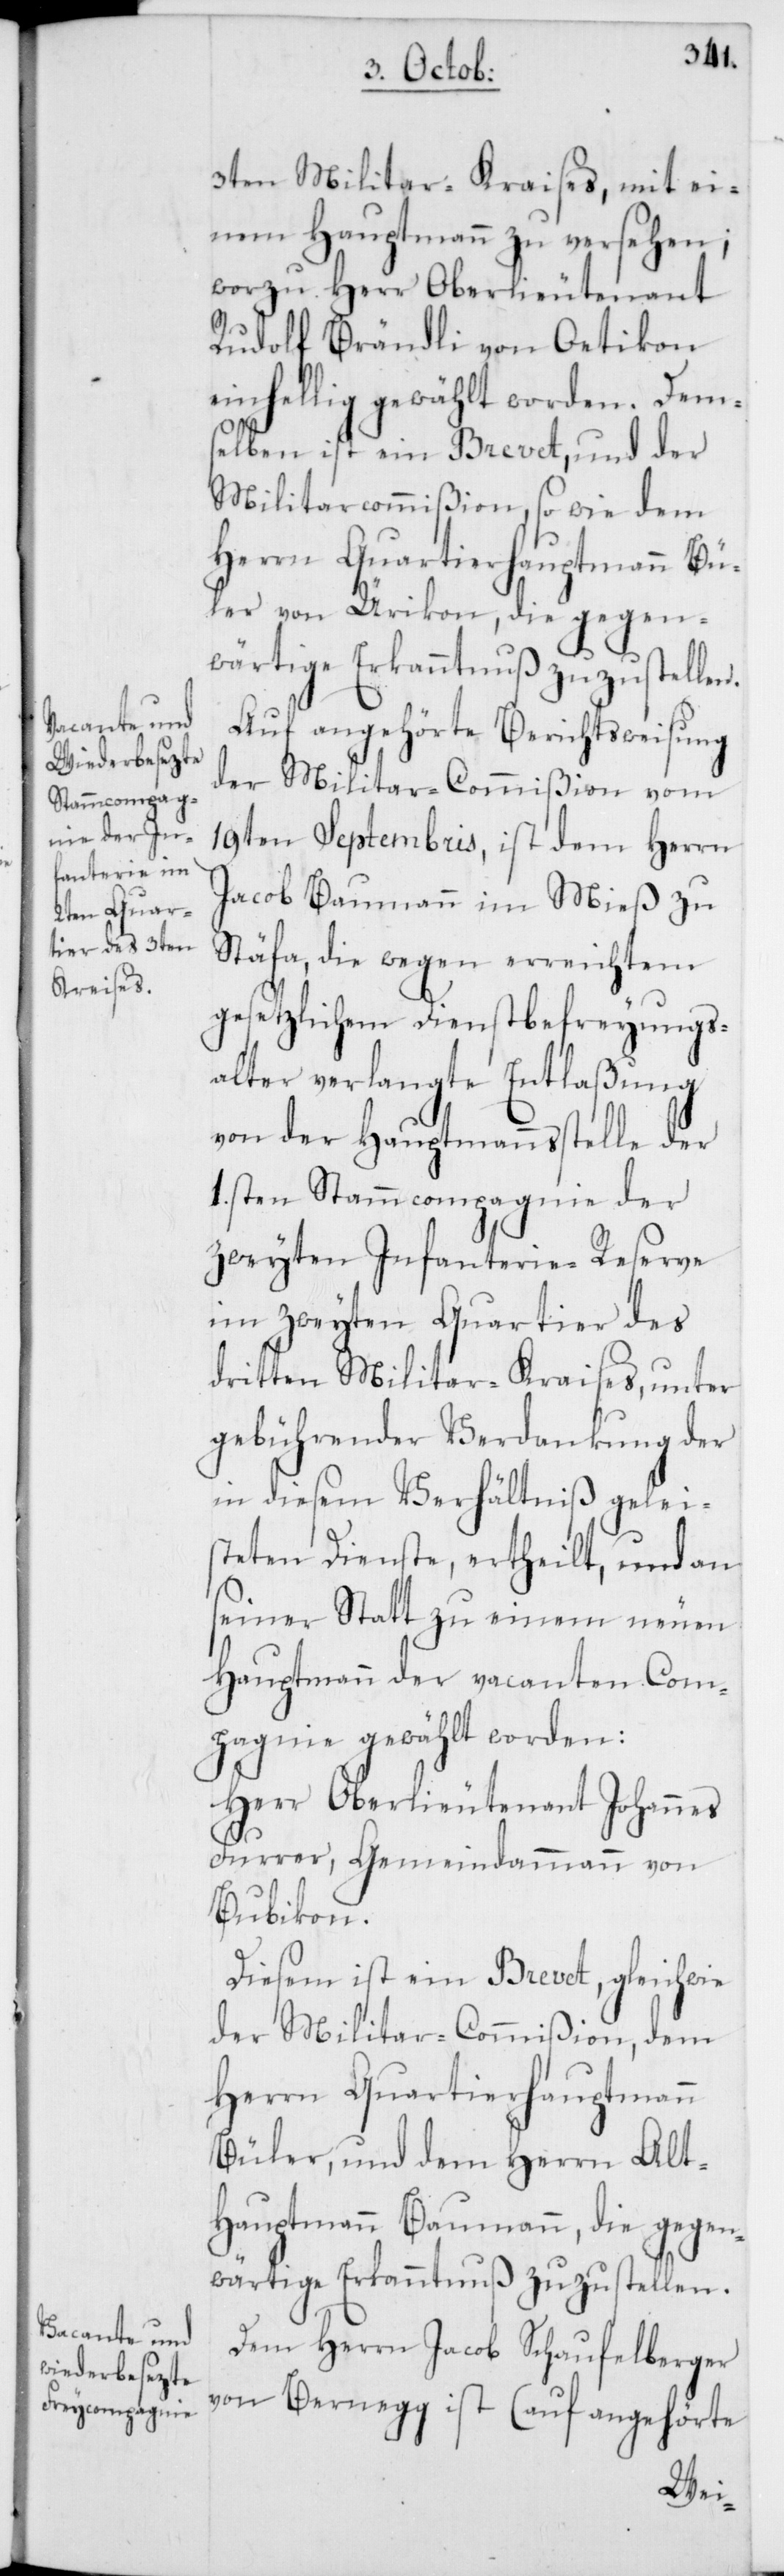
3ten Militar-Kraises, mit ei¬
nem Hauptmann zu versehen;
wozu Herr Oberlieutenant
Rudolf Brändli von Oetikon
einhellig gewählt worden. Dems¬
elben ist ein Brevet, und der
Militarcommißion, so wie dem
Herrn Quartierhauptmann Bü¬
ler von Ürikon, die gegen¬
wärtige Erkanntnuß zuzustellen.
Auf angehörte Berichtsweisung
der Militar-Commißion vom
19ten Septembris, ist dem Herrn
Jacob Baumann im Mieß zu
Stäfa, die wegen erreichtem
gesetzlichem Dienstbefreyeungs¬
alter verlangte Entlaßung
von der Hauptmannsstelle der
1.sten Stammcompagnie der
zweyten Infanterie-Reserve
im zweyten Quartier des
dritten Militar-Kraises, unter
gebührender Verdankung der
in diesem Verhältniß gelei¬
steten Dienste, ertheilt, und an
seiner Statt zu einem neuen
Hauptmann der vacanten Com¬
pagnie gewählt worden:
Herr Oberlieutenant Johannes
Furrer, Gemeindammann von
Bubikon.
Diesem ist ein Brevet, gleichwie
der Militar-Commißion, dem
Herrn Quartierhauptmann
Büler, und dem Herrn Alt-H¬
auptmann Baumann, die gegen¬
wärtige Erkanntnuß zuzustellen.
Dem Herrn Jacob Schaufelberger
von Bernegg ist (auf angehörte